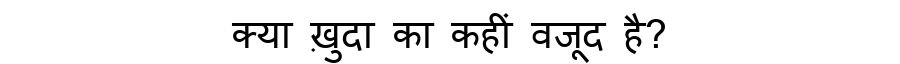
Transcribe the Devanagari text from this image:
क्या ख़ुदा का कहीं वजूद है?